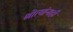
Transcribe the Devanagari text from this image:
श्रोत्यांनाही